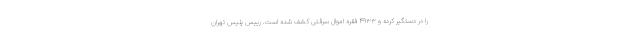
را در دستگیر کرده و ۴۹۳۳ فقره اموال سرقتی کشف شده است. رییس پلیس تهران